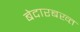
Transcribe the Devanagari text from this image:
बेदारबख्त